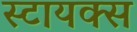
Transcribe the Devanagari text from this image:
स्टायक्स